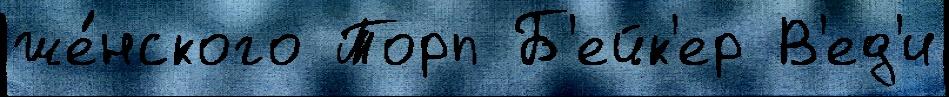
же́нского Торп Б'ейк'ер В'ед'и